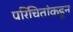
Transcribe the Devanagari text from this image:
परिचितांकडून